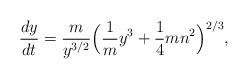
LaTeX: \begin{align*}{dy \over dt} = {m \over y^{3/2}}\Big({1 \over m} y^3 + {1 \over 4} mn^2 \Big)^{2/3},\end{align*}